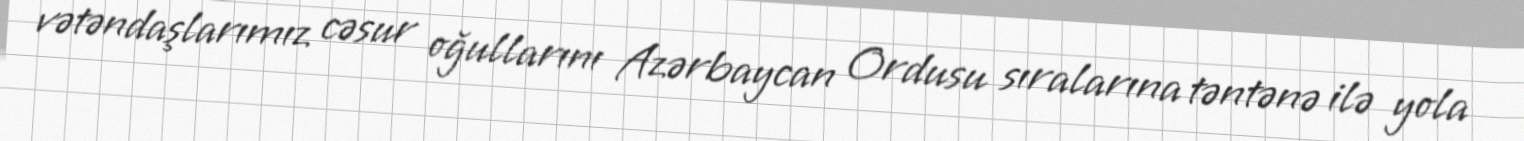
vətəndaşlarımız cəsur oğullarını Azərbaycan Ordusu sıralarına təntənə ilə yola